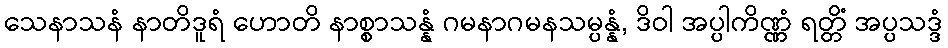
သေနာသနံ နာတိဒူရံ ဟောတိ နာစ္စာသန္နံ ဂမနာဂမနသမ္ပန္နံ, ဒိဝါ အပ္ပါကိဏ္ဏံ ရတ္တိံ အပ္ပသဒ္ဒံ